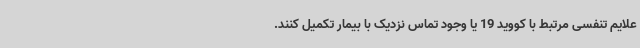
علایم تنفسی مرتبط با کووید 19 یا وجود تماس نزدیک با بیمار تکمیل کنند.